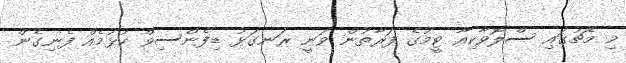
މި މެޗުގައި ސްލޮވާކިއާ ޓީމުގެ ފަރާތުން ވަނީ ރަނގަޅު ޑިފެންސިވް ކުޅުމެއް ފެނިގެން